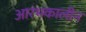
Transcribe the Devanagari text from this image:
आरंभकालीन